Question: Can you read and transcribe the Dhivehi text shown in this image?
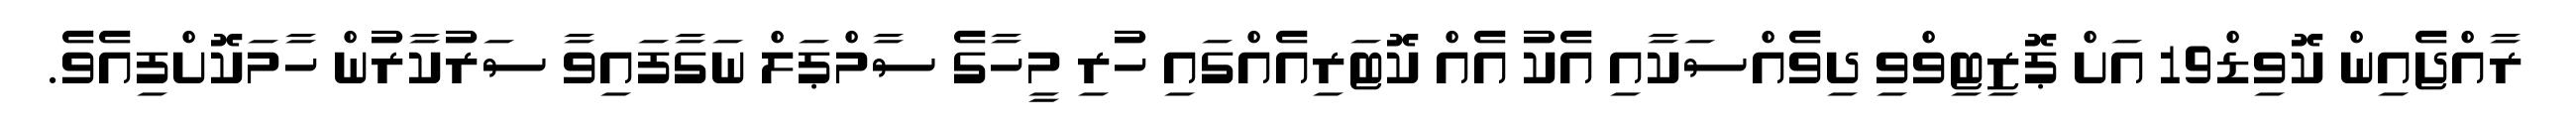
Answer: ރާއްޖެއިން ކޮވިޑް19 އަށް ޕޮޒިޓިވްވި ދިވެއްސަކާއި އެކު އެއް ކޮޓަރިއެއްގައި ހުރި މީހާގެ ސާމްޕަލް ނަގާފައިވާ ސަރުކާރުން ހާމަކޮށްފިއެވެ.